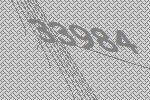
33984